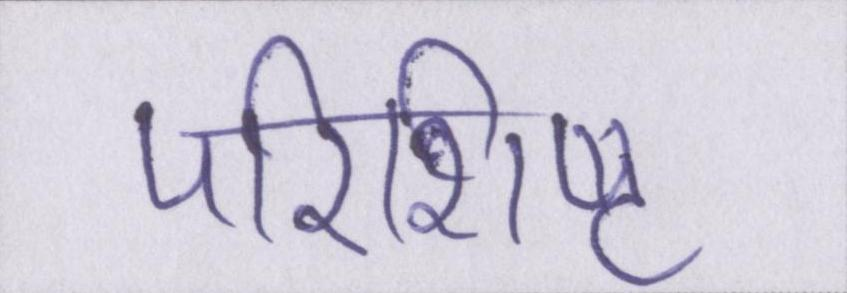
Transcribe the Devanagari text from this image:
परिशिष्ट